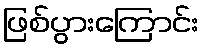
ဖြစ်ပွားကြောင်း